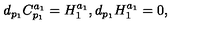
d _ { p _ { 1 } } C _ { p _ { 1 } } ^ { a _ { 1 } } = H _ { 1 } ^ { a _ { 1 } } , d _ { p _ { 1 } } H _ { 1 } ^ { a _ { 1 } } = 0 ,